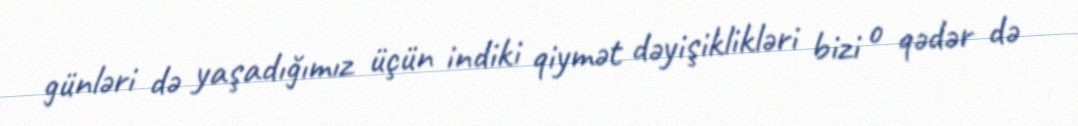
günləri də yaşadığımız üçün indiki qiymət dəyişiklikləri bizi o qədər də